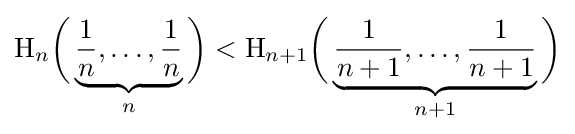
\mathrm {H} _{n}{\bigg (}\underbrace {{\frac {1}{n}},\ldots ,{\frac {1}{n}}} _{n}{\bigg )}<\mathrm {H} _{n+1}{\bigg (}\underbrace {{\frac {1}{n+1}},\ldots ,{\frac {1}{n+1}}} _{n+1}{\bigg )}